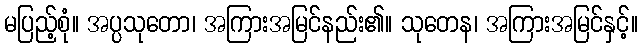
မပြည့်စုံ။ အပ္ပသုတော၊ အကြားအမြင်နည်း၏။ သုတေန၊ အကြားအမြင်နှင့်။